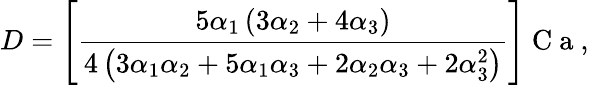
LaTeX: D=\left[\frac{5\alpha_{1}\left(3\alpha_{2}+4\alpha_{3}\right)}{4\left(3\alpha_{1}\alpha_{2}+5\alpha_{1}\alpha_{3}+2\alpha_{2}\alpha_{3}+2\alpha_{3}^{2}\right)}\right]\mathrm{~C~a~},